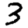
Digit: 3